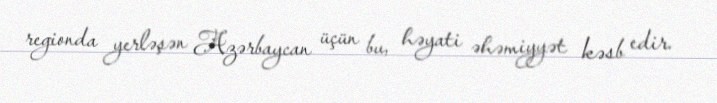
regionda yerləşən Azərbaycan üçün bu, həyati əhəmiyyət kəsb edir.